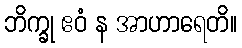
ဘိက္ခု ဧဝံ န အာဟာရေတိ။